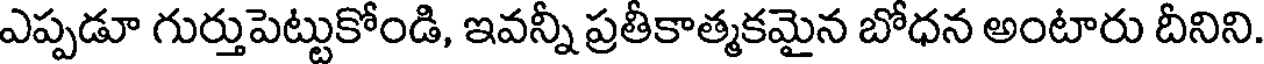
ఎప్పడూ గుర్తుపెట్టుకోండి, ఇవన్నీ ప్రతీకాత్మకమైన బోధన అంటారు దీనిని.